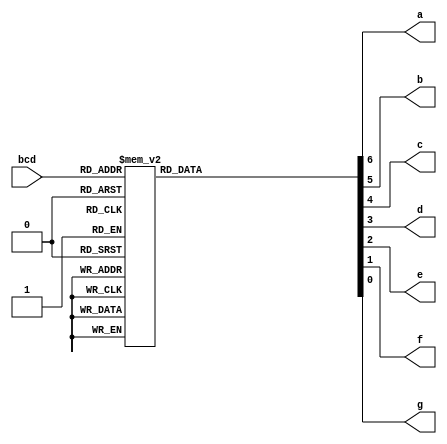
module oh_7seg_decode ( input [3:0] bcd,  //0-9 
			output a, //a segment (1=0ff)
			output b, //b segment
			output c, //c segment
			output d, //d segment
			output e, //e segment
			output f, //f segment
			output g    //g segment
			);

   reg 	a,b,c,d,e,f,g;
   
   always @ (*)
     case(bcd[3:0])
       4'h0  : {a,b,c,d,e,f,g} = 7'b0000001;
       4'h1  : {a,b,c,d,e,f,g} = 7'b1001111;
       4'h2  : {a,b,c,d,e,f,g} = 7'b0010010;
       4'h3  : {a,b,c,d,e,f,g} = 7'b0000110;
       4'h4  : {a,b,c,d,e,f,g} = 7'b1001100;
       4'h5  : {a,b,c,d,e,f,g} = 7'b0100100;
       4'h6  : {a,b,c,d,e,f,g} = 7'b0100000;
       4'h7  : {a,b,c,d,e,f,g} = 7'b0001111;
       4'h8  : {a,b,c,d,e,f,g} = 7'b0000000;
       4'h9  : {a,b,c,d,e,f,g} = 7'b0001100;
       default : {a,b,c,d,e,f,g} = 7'b1111111;
     endcase // case (in[3:0])
   
endmodule